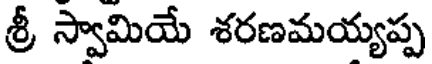
శ్రీ స్వామియే శరణమయ్యప్ప